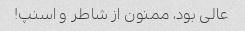
عالى بود، ممنون از شاطر و اسنپ!